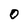
Character: O